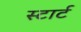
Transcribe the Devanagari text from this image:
स्‍टार्ट